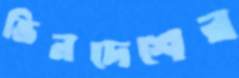
ভিনদেশের